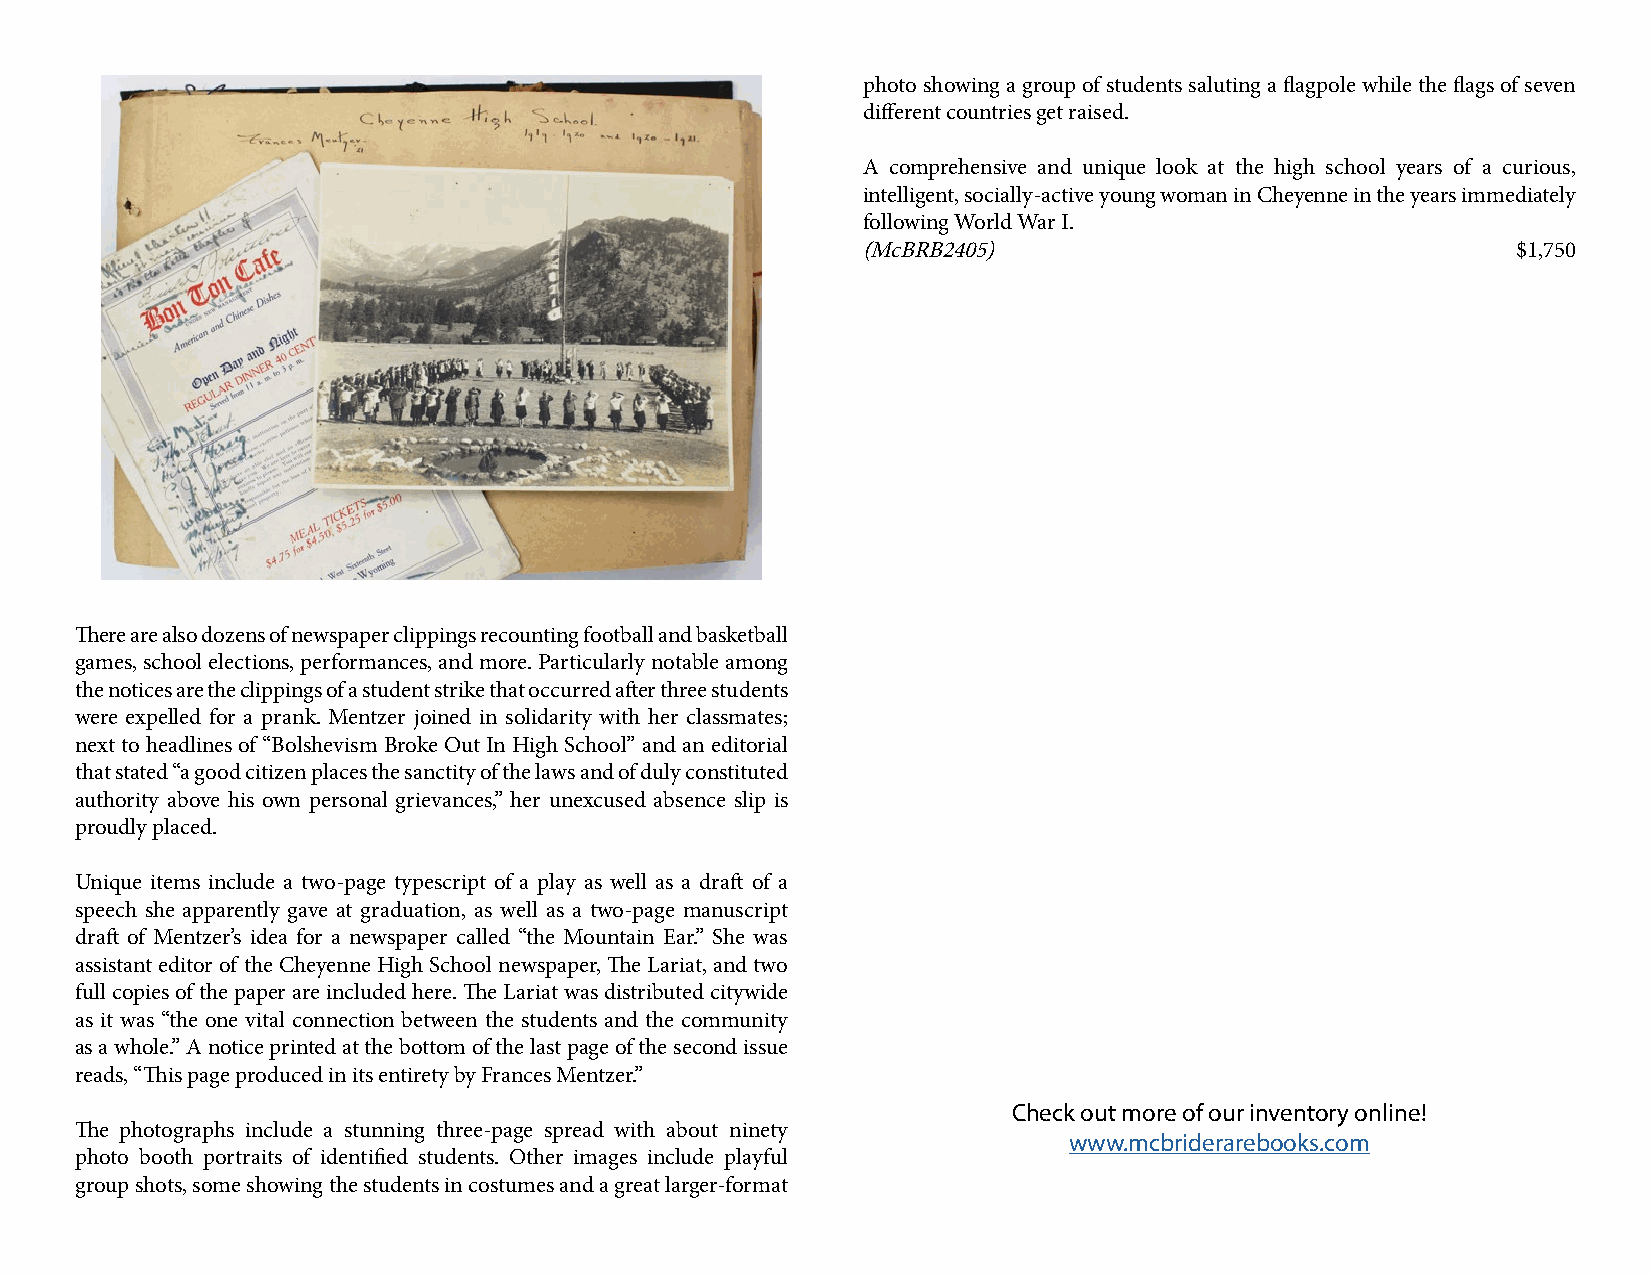
photo showing a group of students saluting a flagpole while the flags of seven
 different countries get raised.
 A comprehensive and unique look at the high school years of a curious,
 intelligent, socially-active young woman in Cheyenne in the years immediately
 following World War I.
 (McBRB2405)                                $1,750
 There are also dozens of newspaper clippings recounting football and basketball
 games, school elections, performances, and more. Particularly notable among
 the notices are the clippings of a student strike that occurred after three students
 were expelled for a prank. Mentzer joined in solidarity with her classmates;
 next to headlines of “Bolshevism Broke Out In High School” and an editorial
 that stated “a good citizen places the sanctity of the laws and of duly constituted
 authority above his own personal grievances,” her unexcused absence slip is
 proudly placed.
 Unique items include a two-page typescript of a play as well as a draft of a
 speech she apparently gave at graduation, as well as a two-page manuscript
 draft of Mentzer’s idea for a newspaper called “the Mountain Ear.” She was
 assistant editor of the Cheyenne High School newspaper, The Lariat, and two
 full copies of the paper are included here. The Lariat was distributed citywide
 as it was “the one vital connection between the students and the community
 as a whole.” A notice printed at the bottom of the last page of the second issue
 reads, “This page produced in its entirety by Frances Mentzer.”
 Check out more of our inventory online!
 The photographs include a stunning three-page spread with about ninety
 www.mcbriderarebooks.com
 photo booth portraits of identified students. Other images include playful
 group shots, some showing the students in costumes and a great larger-format